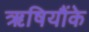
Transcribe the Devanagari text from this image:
ऋषियौंके